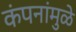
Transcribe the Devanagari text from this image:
कंपनांमुळे